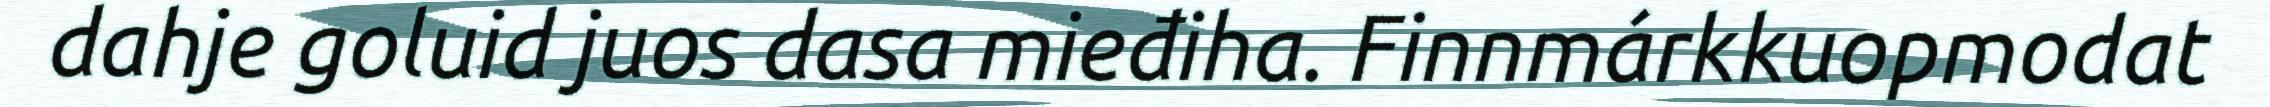
dahje goluid juos dasa mieđiha. Finnmárkkuopmodat